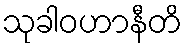
သုခါဝဟာနီတိ